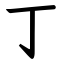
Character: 丁